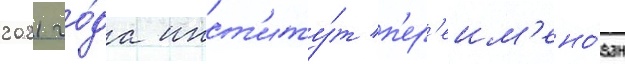
2021 го́да инст'иту́т п'ер'еим'ено́ван